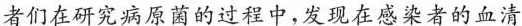
者们在研究病原菌的过程中，发现在感染者的血清